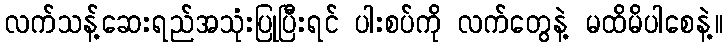
လက်သန့်ဆေးရည်အသုံးပြုပြီးရင် ပါးစပ်ကို လက်တွေနဲ့ မထိမိပါစေနဲ့။